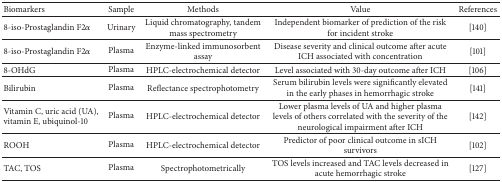
<table><thead><tr><td><b>Biomarkers</b></td><td><b>Sample</b></td><td><b>Methods</b></td><td><b>Value</b></td><td><b> References</b></td></tr></thead><tbody><tr><td>8-iso-Prostaglandin F2<i>α</i></td><td>Urinary</td><td>Liquid chromatography, tandem mass spectrometry</td><td> Independent biomarker of prediction of the risk for incident stroke</td><td>[140]</td></tr><tr><td>8-iso-Prostaglandin F2<i>α</i></td><td>Plasma</td><td> Enzyme-linked immunosorbent assay</td><td>Disease severity and clinical outcome after acute ICH associated with concentration</td><td> [101]</td></tr><tr><td>8-OHdG</td><td>Plasma</td><td>HPLC-electrochemical detector</td><td>Level associated with 30-day outcome after ICH</td><td>[106]</td></tr><tr><td>Bilirubin</td><td>Plasma</td><td>Reflectance spectrophotometry</td><td>Serum bilirubin levels were significantly elevated in the early phases in hemorrhagic stroke</td><td>[141]</td></tr><tr><td>Vitamin C, uric acid (UA), vitamin E, ubiquinol-10</td><td>Plasma</td><td> HPLC-electrochemical detector</td><td> Lower plasma levels of UA and higher plasma levels of others correlated with the severity of the neurological impairment after ICH</td><td>[142]</td></tr><tr><td>ROOH</td><td>Plasma</td><td>HPLC-electrochemical detector</td><td>Predictor of poor clinical outcome in sICH survivors</td><td>[102]</td></tr><tr><td>TAC, TOS</td><td>Plasma</td><td>Spectrophotometrically</td><td>TOS levels increased and TAC levels decreased in acute hemorrhagic stroke </td><td>[127]</td></tr></tbody></table>